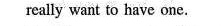
really want to have one.